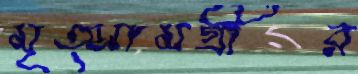
মৃত্সামগ্রীর